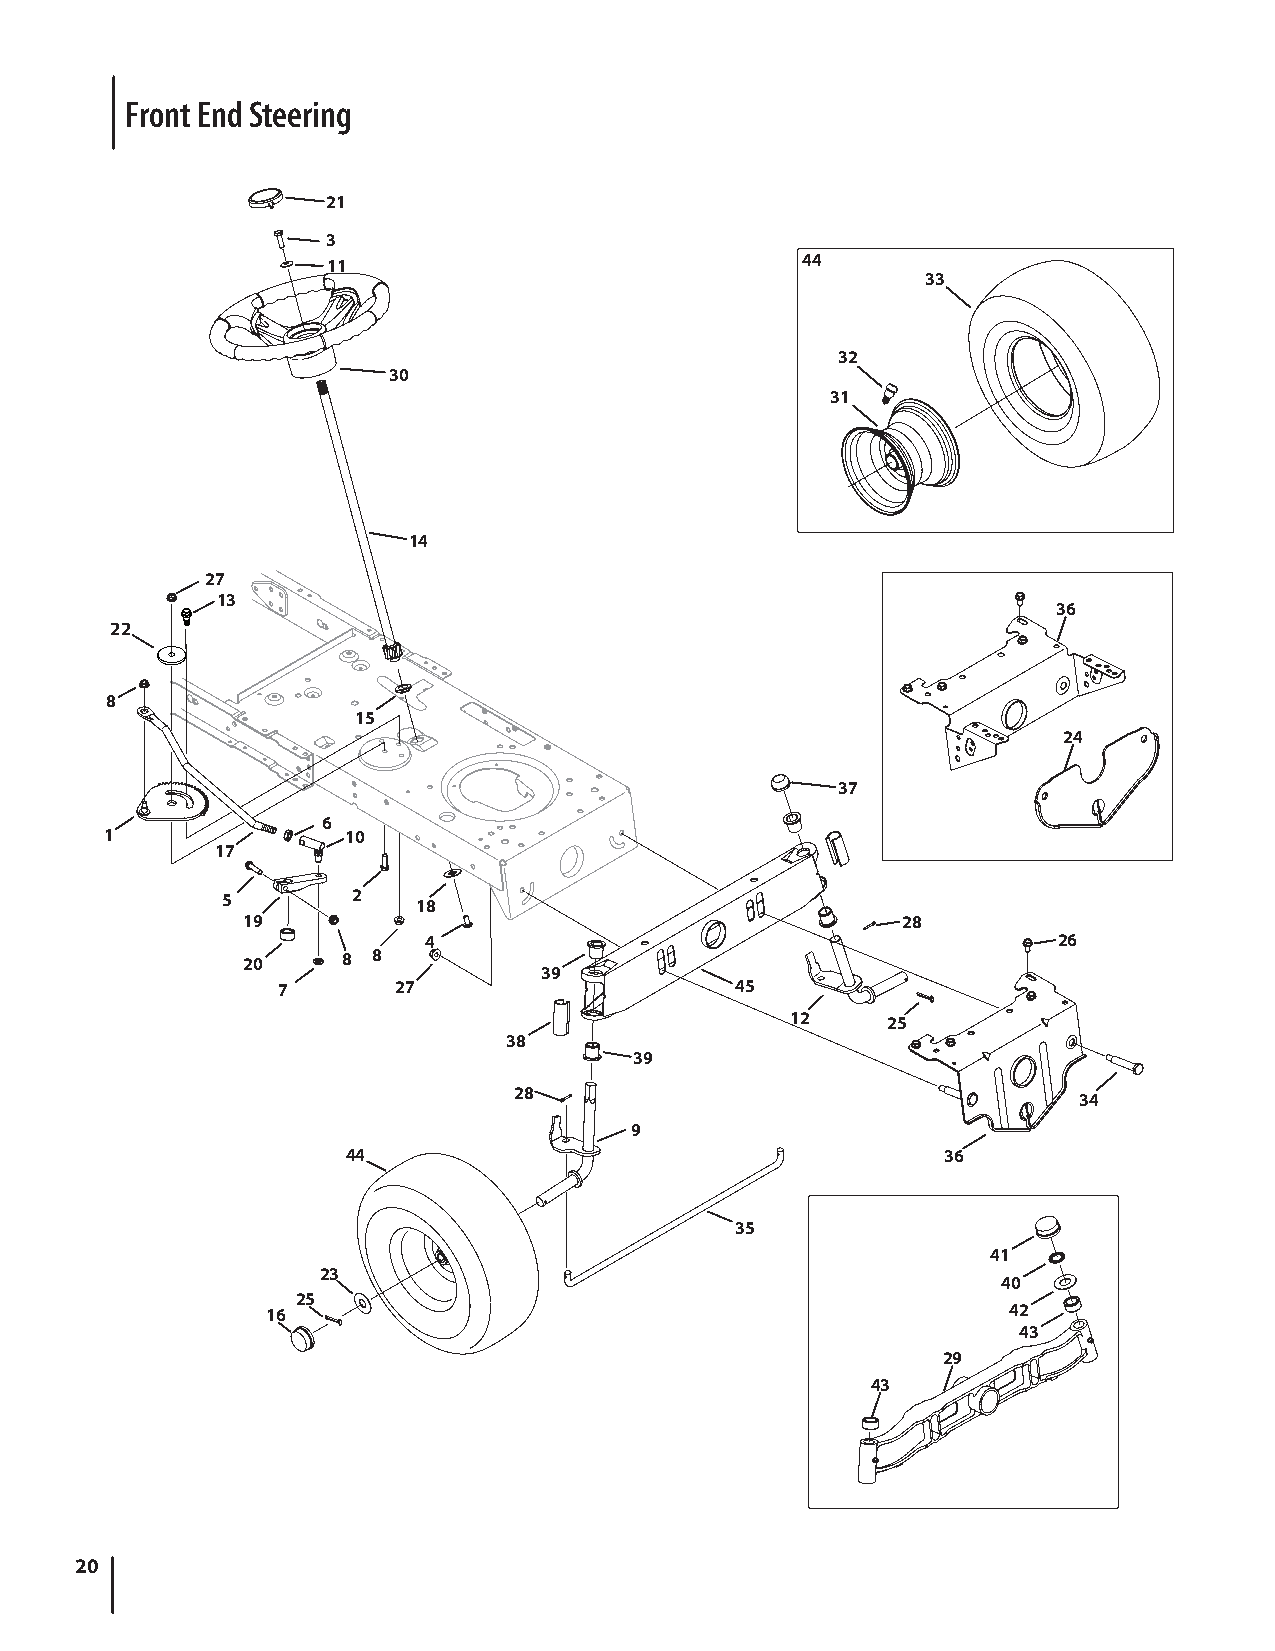
Front End Steering
 21
 3
 11                             44
 33
 32
 30
 31
 14
 27
 13
 36
 22
 8
 15
 24
 37
 6
 1               10
 17
 5       2    18
 19                                          28
 4                                         26
 20     8 8
 39
 7       27                     45
 12     25
 38
 39
 28
 34
 9
 44                                      36
 35
 41
 23
 40
 25
 16                                               42
 43
 29
 43
 20